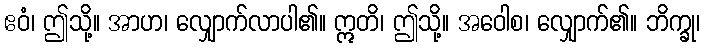
ဧဝံ၊ ဤသို့။ အာဟ၊ လျှောက်လာပါ၏။ ဣတိ၊ ဤသို့။ အဝေါစ၊ လျှောက်၏။ ဘိက္ခု၊